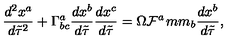
\frac { d ^ { 2 } x ^ { a } } { d \tilde { \tau } ^ { 2 } } + \Gamma _ { b c } ^ { a } \frac { d x ^ { b } } { d \tilde { \tau } } \frac { d x ^ { c } } { d \tilde { \tau } } = \Omega { \cal F } ^ { a } \hspace * { 1 m m } _ { b } \frac { d x ^ { b } } { d \tilde { \tau } } ,